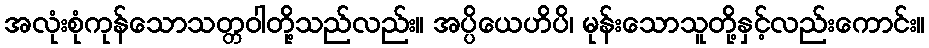
အလုံးစုံကုန်သောသတ္တဝါတို့သည်လည်း။ အပ္ပိယေဟိပိ၊ မုန်းသောသူတို့နှင့်လည်းကောင်း။